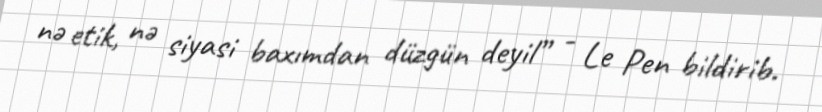
nə etik, nə siyasi baxımdan düzgün deyil” - Le Pen bildirib.